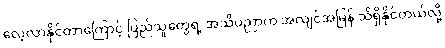
လေ့လာနိုင်တာကြောင့် ပြည်သူတွေရဲ့ အသိပညာက အလျင်အမြန် သိရှိနိုင်တယ်လို့